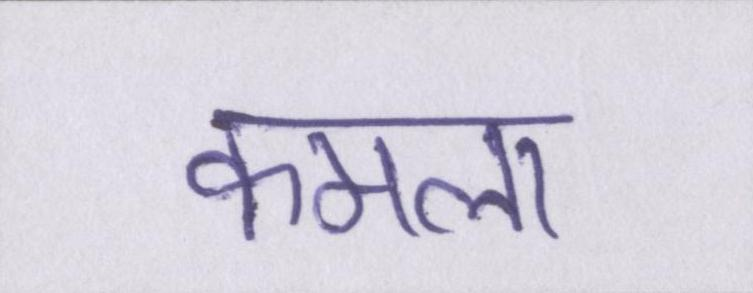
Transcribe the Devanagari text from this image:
कमला